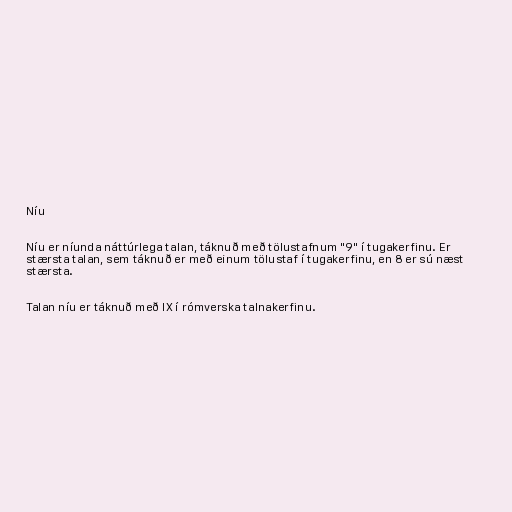
Níu

Níu er níunda náttúrlega talan, táknuð með tölustafnum "9" í tugakerfinu. Er
stærsta talan, sem táknuð er með einum tölustaf í tugakerfinu, en 8 er sú næst
stærsta.

Talan níu er táknuð með IX í rómverska talnakerfinu.